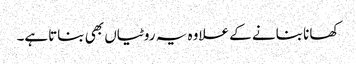
کھانا بنانے کے علاوہ یہ روٹیاں بھی بناتاہے۔